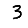
Digit: 3